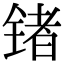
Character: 锗